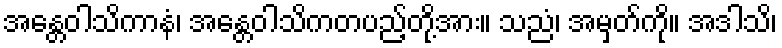
အန္တေဝါသိကာနံ၊ အန္တေဝါသိကတပည့်တို့အား။ သညံ၊ အမှတ်ကို။ အဒါသိ၊